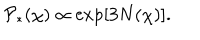
{ \cal P } _ { * } ( \chi ) \propto \exp [ 3 N ( \chi ) ] .